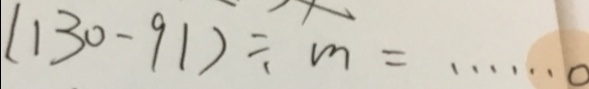
( 1 3 0 - 9 1 ) \div m = \cdots 0